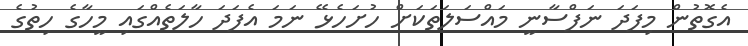
އެގޮތުން މިފަދަ ނަފްސާނީ މައްސަލަތަކަށް ހުށަހެޅޭ ނަމަ އެފަދަ ހާލަތެއްގައި މީހާގެ ހިތުގެ